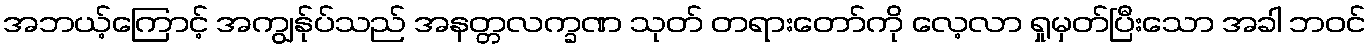
အဘယ့်ကြောင့် အကျွန်ုပ်သည် အနတ္တလက္ခဏ သုတ် တရားတော်ကို လေ့လာ ရှုမှတ်ပြီးသော အခါ ဘဝင်